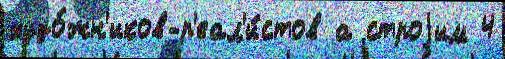
худо́жн'иков-р'еал'и́стов а строjим 4